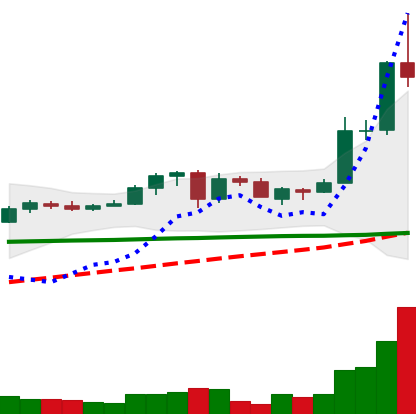
Ticker: ADA-USD
Chart end date: 2020-05-31
Forward return: 14.915%
Label: up_7plus